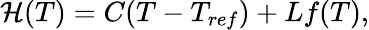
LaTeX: \mathcal{H}(T)=C(T-T_{ref})+Lf(T),